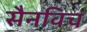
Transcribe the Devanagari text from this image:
सैनविच